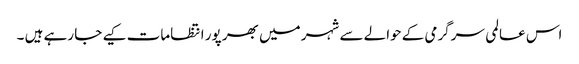
اس عالمی سرگرمی کے حوالے سے شہر میں بھر پور انتظامات کیے جا رہے ہیں ۔